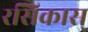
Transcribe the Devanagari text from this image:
रसिकास्